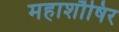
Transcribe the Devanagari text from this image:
महाशौषिर